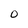
Character: 0